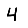
Digit: 4